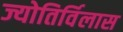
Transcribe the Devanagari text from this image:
ज्योतिर्विलास